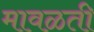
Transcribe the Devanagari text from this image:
मावळती